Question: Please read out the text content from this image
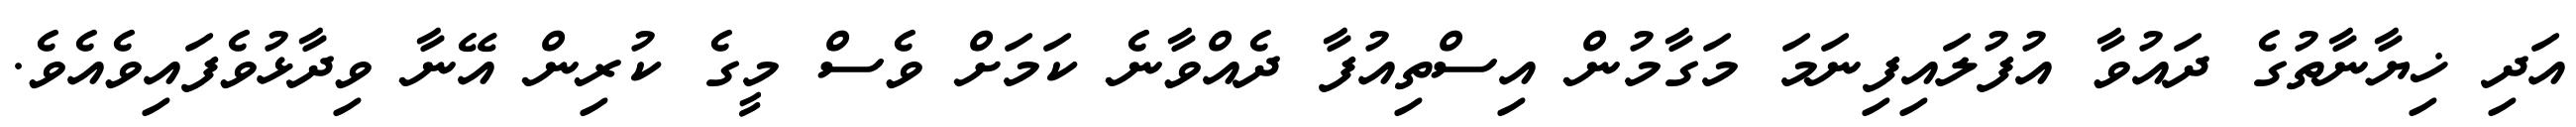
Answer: އަދި ޚިޔާނާތުގެ ދައުވާ އުފުލައިފިނަމަ މަގާމުން އިސްތިއުފާ ދެއްވާނެ ކަމަށް ވެސް މީގެ ކުރިން އޭނާ ވިދާޅުވެފައިވެއެވެ.